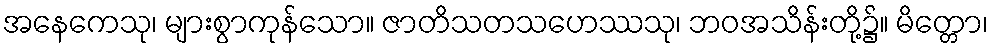
အနေကေသု၊ များစွာကုန်သော။ ဇာတိသတသဟေဿသု၊ ဘဝအသိန်းတို့၌။ မိတ္တော၊